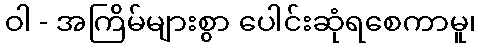
ဝါ - အကြိမ်များစွာ ပေါင်းဆုံရစေကာမူ၊